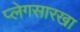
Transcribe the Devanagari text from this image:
प्लेगसारखा